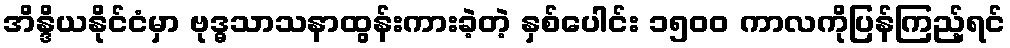
အိန္ဒိယနိုင်ငံမှာ ဗုဒ္ဓသာသနာထွန်းကားခဲ့တဲ့ နှစ်ပေါင်း ၁၅၀၀ ကာလကိုပြန်ကြည့်ရင်